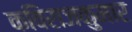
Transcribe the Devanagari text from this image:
कविराजकुमार